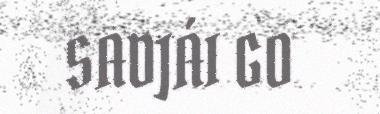
SADJÁI GO